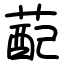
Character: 蓜